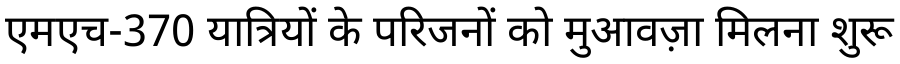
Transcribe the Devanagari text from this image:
एमएच-370 यात्रियों के परिजनों को मुआवज़ा मिलना शुरू